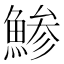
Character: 鯵